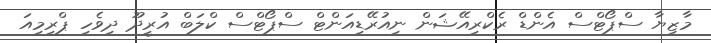
މާޒިޔާ ސްޕޯޓްސް އެންޑް ރެކްރިއޭޝަން ނިއުރޭޑިއަންޓް ސްޕޯޓްސް ކްލަބް އުރީދޫ ދިވެހި ޕްރިމިއަ